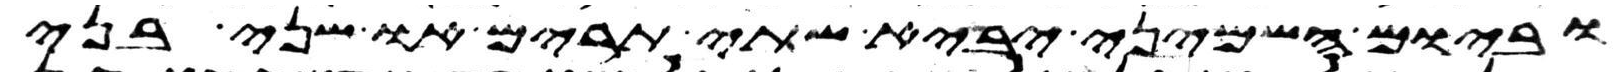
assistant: וביום השמיני יביא שתי תרים או שני בני